Leaving Certificate Examination, 1911
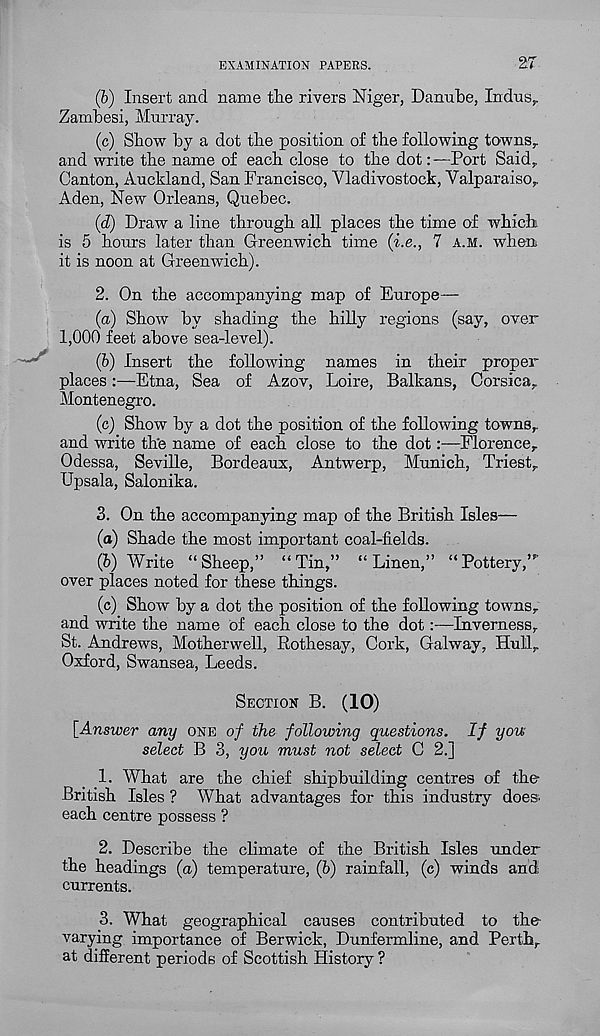
EXAMINATION PAPERS.
27
(b) Insert and name the rivers Niger, Danube, Indus..
Zambesi, Murray.
(c) Show by a dot the position of the following towns,,
and write the name of each close to the dot:—Port Said,
Canton, Auckland, San Francisco, Vladivostock, Valparaiso,
Aden, New Orleans, Quebec.
(d) Draw a line through all places the time of which
is 5 hours later than Greenwich time (i.e., 7 A.M. when
it is noon at Greenwich).
2. On the accompanying map of Europe—
(а) Show by shading the hilly regions (say, over
1,000 feet above sea-level).
(б) Insert the following names in their proper
places:—Etna, Sea of Azov, Loire, Balkans, Corsica,
Montenegro.
(c) Show by a dot the position of the following towns,,
and write the name of each close to the dot:—Florence,
Odessa, Seville, Bordeaux, Antwerp, Munich, Triest,
Upsala, Salonika.
3. On the accompanying map of the British Isles—
(a) Shade the most important coal-fields.
(b) Write “Sheep,” “Tin,” “Linen,” “Pottery,”'
over places noted for these things.
(c) Show* by a dot the position of the following towns,
and write the name of each close to the dot:—Inverness,
St. Andrews, Motherwell, Rothesay, Cork, Galway, Hull,
Oxford, Swansea, Leeds.
SECTION B. (10)
[Answer any ONE of the following questions. If you
select B 3, you must not select C 2.]
1. What are the chief shipbuilding centres of the
British Isles ? What advantages for this industry does,
each centre possess ?
2. Describe the climate of the British Isles under
the headings (a) temperature, (b) rainfall, (c) winds and
currents.
3. What geographical causes contributed to the
varying importance of Berwick, Dunfermline, and Perth,
at different periods of Scottish History ?